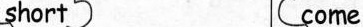
short come